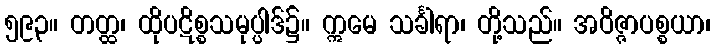
၅၉၃။ တတ္ထ၊ ထိုပဋိစ္စသမုပ္ပါဒ်၌။ ဣမေ သင်္ခါရာ၊ တို့သည်။ အဝိဇ္ဇာပစ္စယာ၊